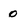
Character: 0